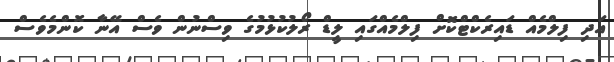
އަދި ފިލްމެއް ޑައިރެކްޓްކޮށް ފިލްމެއްގައި ލީޑް ރޯލުކުޅުމުގެ ވިސްނުން ވެސް އޭނާ ކޮންމެވެސް